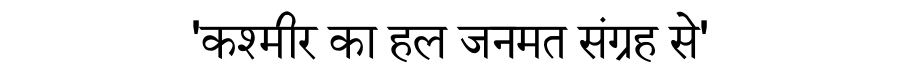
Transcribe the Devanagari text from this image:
'कश्मीर का हल जनमत संग्रह से'